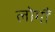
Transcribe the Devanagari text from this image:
लोगौं